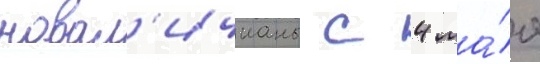
новал'ичианы с 4 ма́я